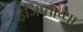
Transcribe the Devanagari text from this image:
इजिप्ताच्या